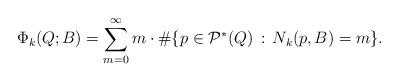
LaTeX: \begin{align*}\Phi_k(Q;B)= \sum_{m=0}^\infty m\cdot\#\{p\in\mathcal{P}^*(Q)\,:\,N_{k}(p,B)=m\}.\end{align*}